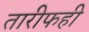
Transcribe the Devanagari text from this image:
तारीफही